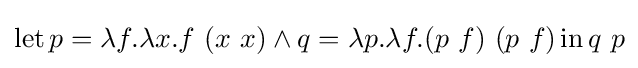
\operatorname {let} p=\lambda f.\lambda x.f\ (x\ x)\land q=\lambda p.\lambda f.(p\ f)\ (p\ f)\operatorname {in} q\ p